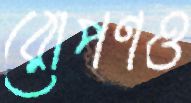
রোপণও